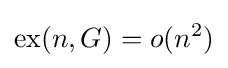
\operatorname {ex} (n,G)=o(n^{2})